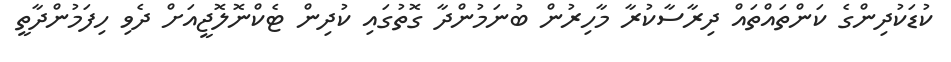
ކުޑަކުދިންގެ ކަންތައްތައް ދިރާސާކުރާ މާހިރުން ބުނަމުންދާ ގޮތުގައި ކުދިން ޓެކްނޮލޮޖީއަށް ދެވި ހިފަމުންދާތީ